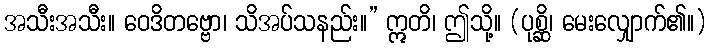
အသီးအသီး။ ဝေဒိတဗ္ဗော၊ သိအပ်သနည်း။” ဣတိ၊ ဤသို့။ (ပုစ္ဆိ၊ မေးလျှောက်၏။)